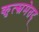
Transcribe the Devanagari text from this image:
कृत्स्नमेतद्